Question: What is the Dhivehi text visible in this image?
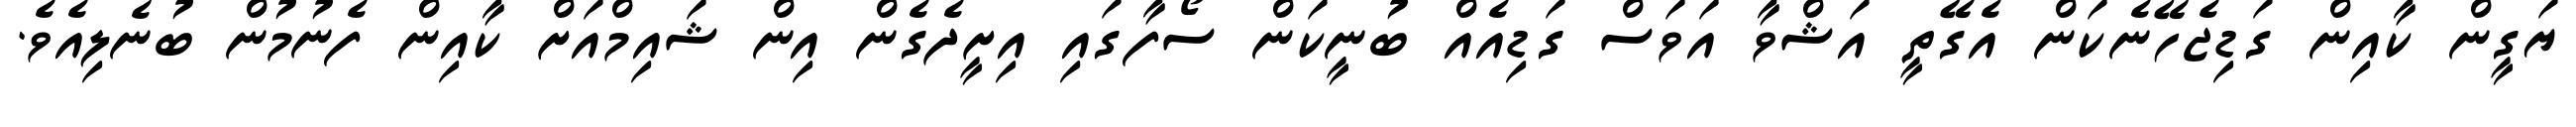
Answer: ޔަގީން ކާއިން ގަޑިޖެހޭނެކަން އެގޭތީ އަޝްވާ އަވަސް ގަޑިއެއް ބުނީކަން ސޯފާގައި އިށީދެގެން އިން ޝައިމްއަށް ކާއިން ފެނުމުން ބުނެލިއެވެ.